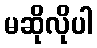
မဆိုလိုပါ